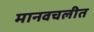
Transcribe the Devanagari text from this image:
मानवचलीत